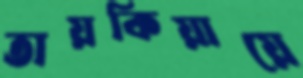
তায়কিয়ায়ে